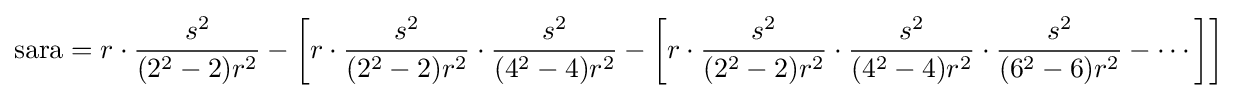
{\text{sara}}=r\cdot {\frac {s^{2}}{(2^{2}-2)r^{2}}}-\left[r\cdot {\frac {s^{2}}{(2^{2}-2)r^{2}}}\cdot {\frac {s^{2}}{(4^{2}-4)r^{2}}}-\left[r\cdot {\frac {s^{2}}{(2^{2}-2)r^{2}}}\cdot {\frac {s^{2}}{(4^{2}-4)r^{2}}}\cdot {\frac {s^{2}}{(6^{2}-6)r^{2}}}-\cdots \right]\right]